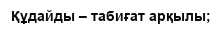
Құдайды – табиғат арқылы;